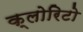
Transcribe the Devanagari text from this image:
क्लोरिटो